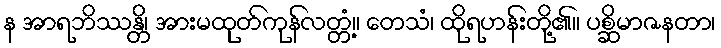
န အာရဘိဿန္တိ၊ အားမထုတ်ကုန်လတ္တံ့။ တေသံ၊ ထိုရဟန်းတို့၏။ ပစ္ဆိမာဇနတာ၊